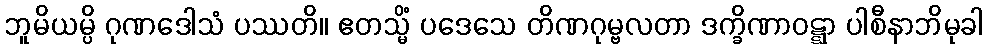
ဘူမိယမ္ပိ ဂုဏဒေါသံ ပဿတိ။ ဧတသ္မိံ ပဒေသေ တိဏဂုမ္ဗလတာ ဒက္ခိဏာဝဋ္ဋာ ပါစီနာဘိမုခါ